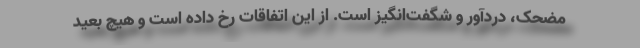
مضحک، دردآور و شگفت‌انگیز است. از این اتفاقات رخ داده است و هیچ بعید